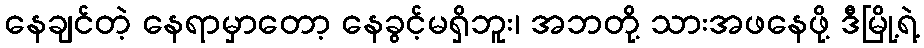
နေချင်တဲ့ နေရာမှာတော့ နေခွင့်မရှိဘူး၊ အဘတို့ သားအဖနေဖို့ ဒီမြို့ရဲ့